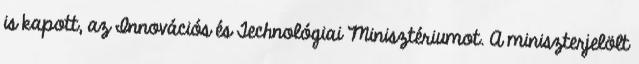
is kapott, az Innovációs és Technológiai Minisztériumot. A miniszterjelölt